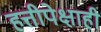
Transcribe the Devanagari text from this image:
हत्तीपेक्षाही